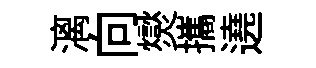
漓向爕攜遶